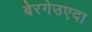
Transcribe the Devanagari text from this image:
बेरगेउएदा